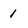
Character: 1